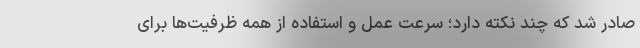
صادر شد که چند نکته دارد؛ سرعت عمل و استفاده از همه ظرفیت‌ها برای